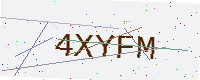
Text: 4XYFM